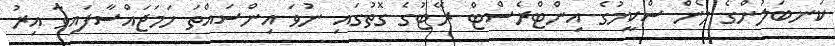
ކަނބަލުންގެ ލޯން ސްކީމުގެ އިންޓްރެސްޓް ރޭޓުގެ ގޮތުގައި ނުވަ އިންސައްތަ ހަމަޖައްސާފައިވާ އިރު